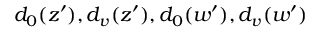
{ d _ { 0 } ( z ^ { \prime } ) , d _ { v } ( z ^ { \prime } ) , d _ { 0 } ( w ^ { \prime } ) , d _ { v } ( w ^ { \prime } ) }